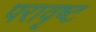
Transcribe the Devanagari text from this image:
परावृष्ट